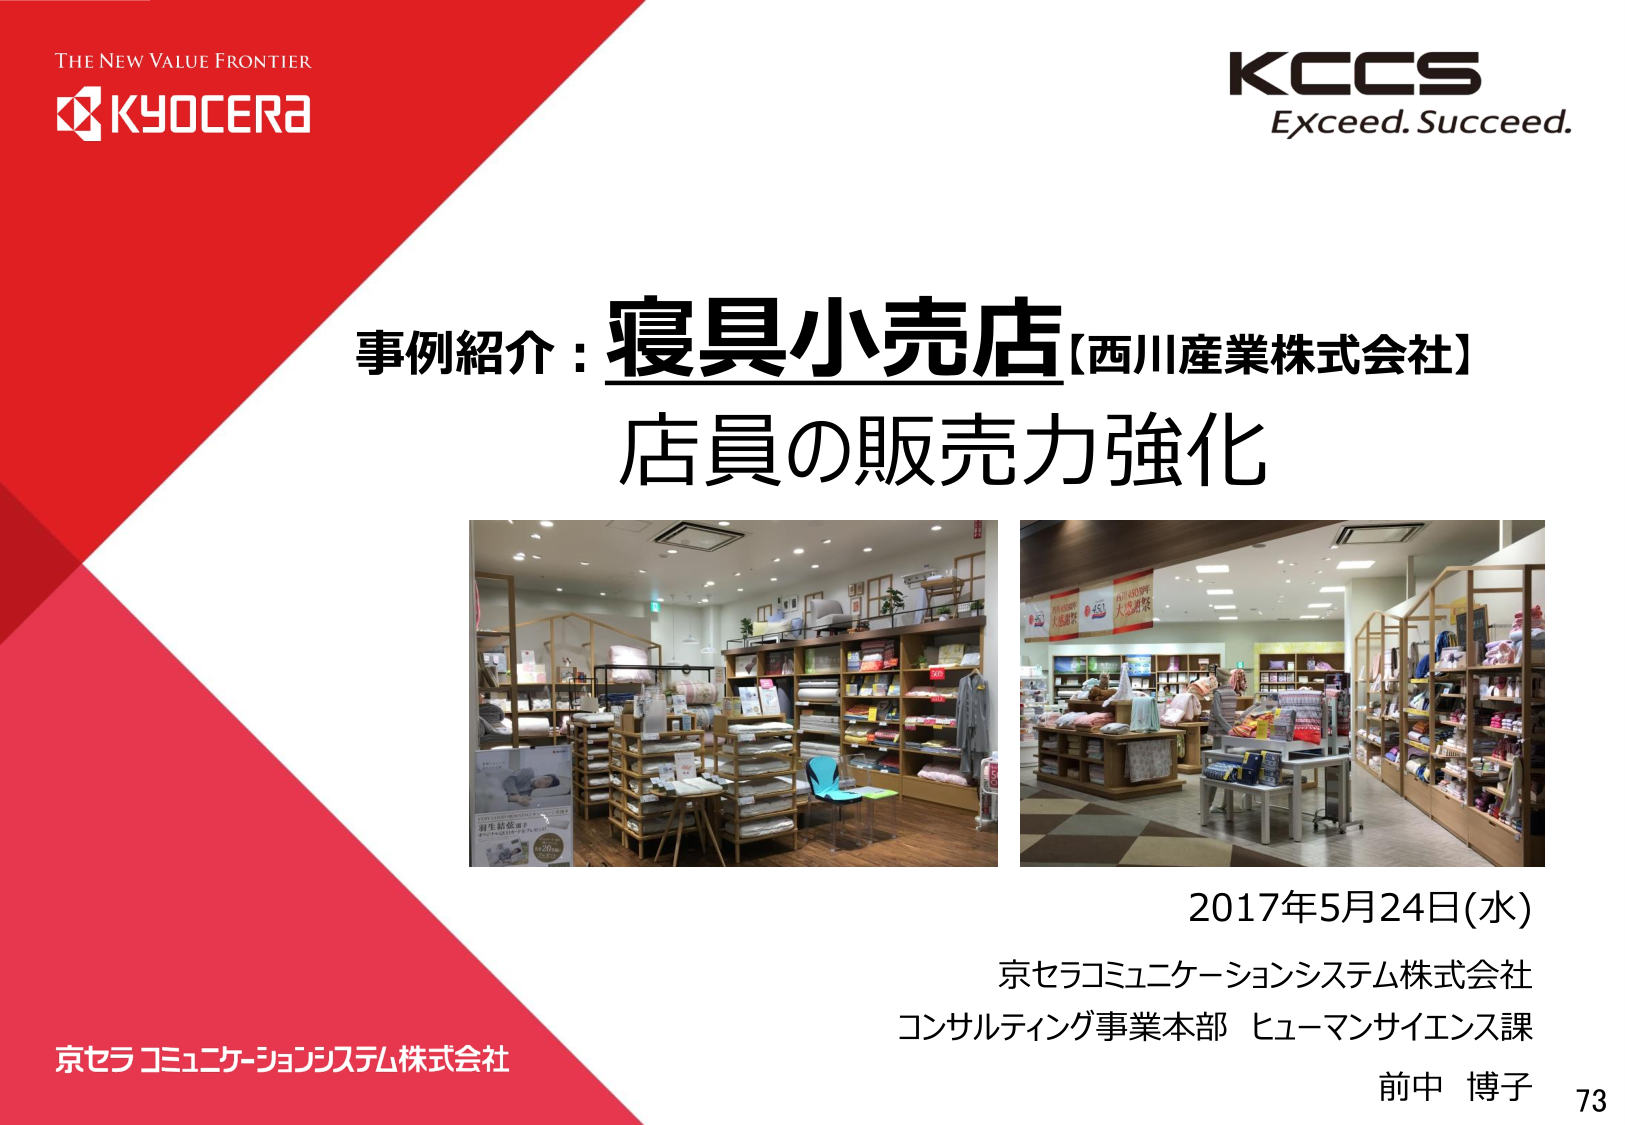
THE NEW VALUE FRONTIER
KYOCERA
KCCS
Exceed. Succeed.
事例紹介：寝具小売店【西川産業株式会社】
店員の販売力強化
2017年5月24日(水)
京セラコミュニケーションシステム株式会社
コンサルティング事業本部 ヒューマンサイエンス課
前中 博子
京セラコミュニケーションシステム株式会社
73